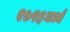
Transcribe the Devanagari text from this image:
१७९३मध्ये